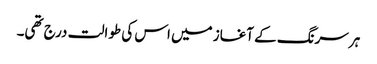
ہر سرنگ کے آغاز میں اس کی طوالت درج تھی۔